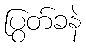
ပြွတ်ခနဲ